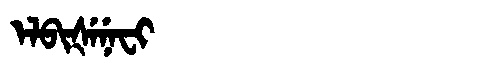
Manchu: ᡝᠯᠪᡳᡧᡝᠨᡝᠸᡳ
Romanization: ELBIŠENEFI